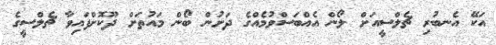
އަކޭ އެނބުރި ޗެލްސީއަށް ލޯން އެއްބަސްވުމެއްގެ ދަށުން ބޯން މައުތަށް ދޫކޮށްފައިވާ ޗެލްސީގެ